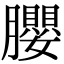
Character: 䑍